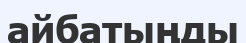
айбатыңды